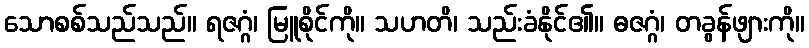
သောစစ်သည်သည်။ ရဇဂ္ဂံ၊ မြူစိုင်ကို။ သဟတိ၊ သည်းခံနိုင်၏။ ဓဇဂ္ဂံ၊ တခွန်ဖျားကို။